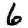
Digit: 6